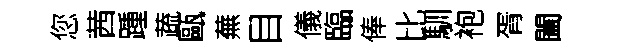
您茜踵蔬甌蕪目儀臨俸比馴袍胥闔